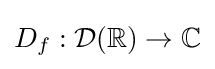
D_{f}:{\mathcal {D}}(\mathbb {R} )\to \mathbb {C}